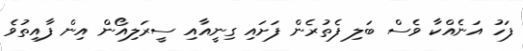
ފަހު އަނެއްކާ ވެސް ބަލި ފެތުރެން ފަށައި ގިނީއާއި ސީރަލިއޯން އިން ފާއިތުވެ